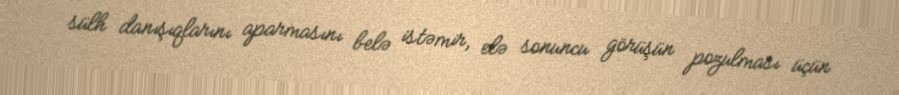
sülh danışıqlarını aparmasını belə istəmir, elə sonuncu görüşün pozulması üçün